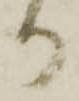
か